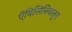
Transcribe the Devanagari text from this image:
ऍबिसिनियातून